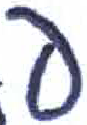
אות: פ